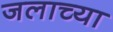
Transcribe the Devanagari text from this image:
जलाच्या